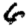
Digit: 6